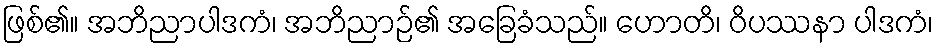
ဖြစ်၏။ အဘိညာပါဒကံ၊ အဘိညာဉ်၏ အခြေခံသည်။ ဟောတိ၊ ဝိပဿနာ ပါဒကံ၊